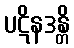
ပဋိနဒန္တိ